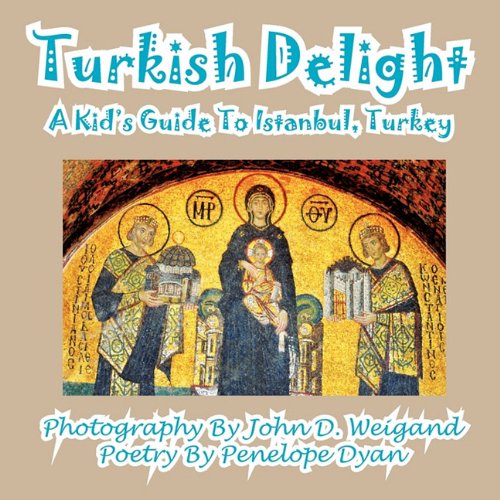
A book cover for Turkish Delight--A Kid's Guide To Istanbul, Turkey; Penelope Dyan; Travel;